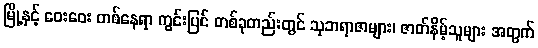
မြို့နှင့် ဝေးဝေး တစ်နေရာ ကွင်းပြင် တစ်ခုတည်းတွင် သုဘရာဇာများ၊ ဇာတ်နိမ့်သူများ အတွက်